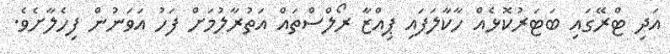
އަދި ޓްރޭގައި ބަޓަރުކޮޅެއް ހާކާލަފައި ޕިއްޒާ ރޯލްސްތައް އަތުރާލުމަށް ފަހު އަވަނުން ފިހެލާށެވެ.